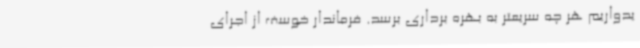
یدواریم هر چه سریعتر به بهره برداری برسد. فرماندار خوسف از اجرای